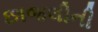
છાજલીની